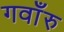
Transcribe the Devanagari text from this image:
गवाँरु